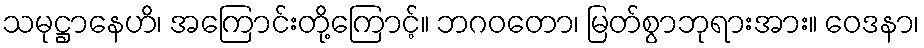
သမုဋ္ဌာနေဟိ၊ အကြောင်းတို့ကြောင့်။ ဘဂဝတော၊ မြတ်စွာဘုရားအား။ ဝေဒနာ၊